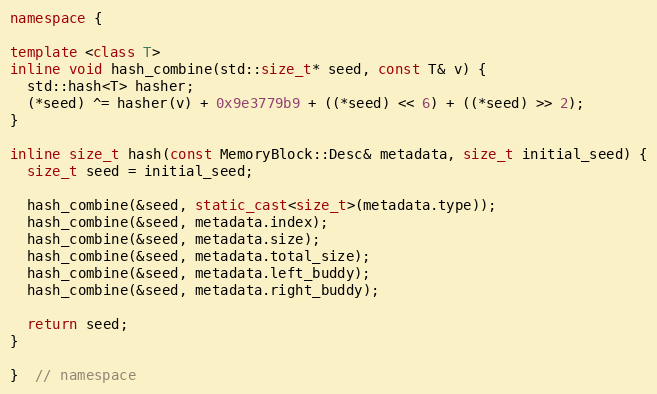
Language: C++
namespace {

template <class T>
inline void hash_combine(std::size_t* seed, const T& v) {
  std::hash<T> hasher;
  (*seed) ^= hasher(v) + 0x9e3779b9 + ((*seed) << 6) + ((*seed) >> 2);
}

inline size_t hash(const MemoryBlock::Desc& metadata, size_t initial_seed) {
  size_t seed = initial_seed;

  hash_combine(&seed, static_cast<size_t>(metadata.type));
  hash_combine(&seed, metadata.index);
  hash_combine(&seed, metadata.size);
  hash_combine(&seed, metadata.total_size);
  hash_combine(&seed, metadata.left_buddy);
  hash_combine(&seed, metadata.right_buddy);

  return seed;
}

}  // namespace